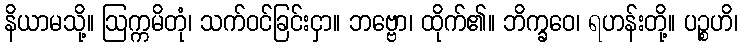
နိယာမသို့။ ဩက္ကမိတုံ၊ သက်ဝင်ခြင်းငှာ။ ဘဗ္ဗော၊ ထိုက်၏။ ဘိက္ခဝေ၊ ရဟန်းတို့။ ပဉ္စဟိ၊